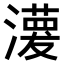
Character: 𤁊